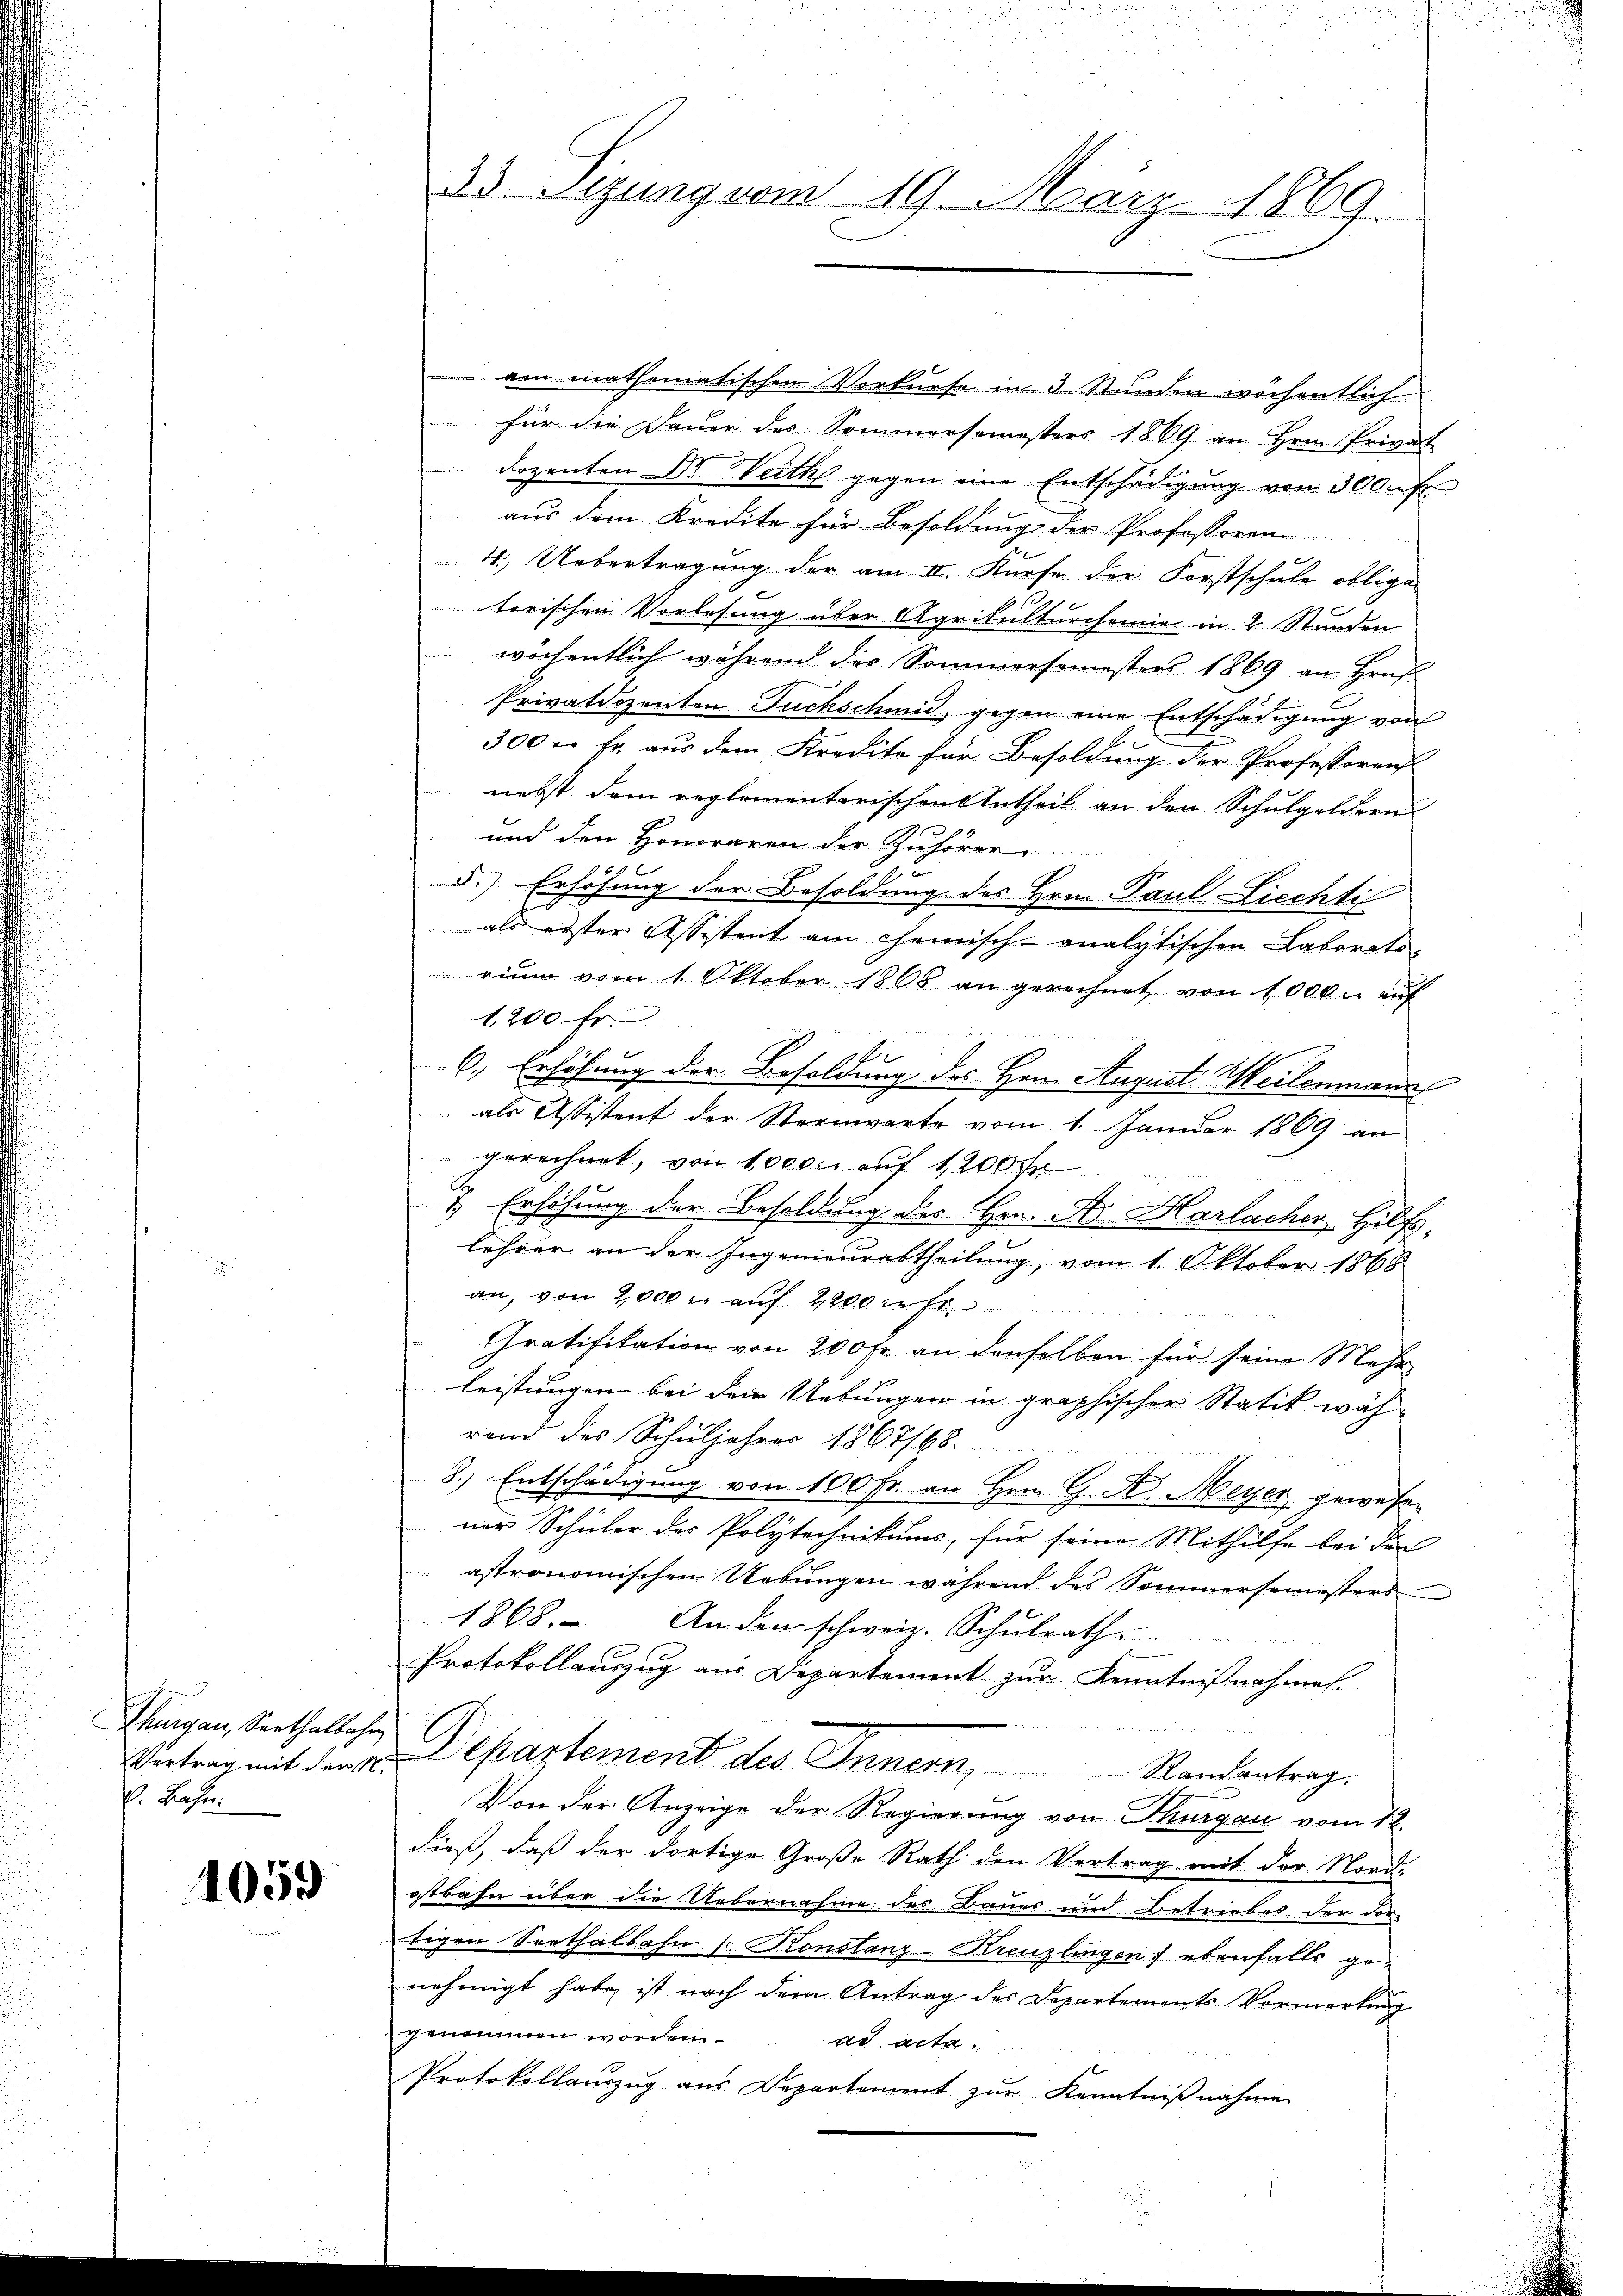
Thurgau, Serthalbahr
Vertrag mit der N.
P. Lesen.

1059

33. Sitzung vom 19. März 1869.

ein mathematischen Vorkurse in 3 Stunden wöchentlich
 für die Dauer des Sommersemesters 1869 an Hrn. Privat
dozenten Dr. Verthe gegen eine Entschädigung von 300 fr.
aus dem Kredite für Besoldung der Professoren
4.) Uebertragung der am I. Kurse der Forstschule obliga
torischen Vorlesung über Agrikulturchemie in 2 Stunden
 wöchentlich während des Sommersemesters 1869 an Hrn.
Privatdozenten Fuchschmid, gegen eine Entschädigung von
300 c. fr. aŭs dem Kredite für Besoldung der Professoren
nebst dem reglementarischen Urtheil an den Schulgeldern
und den Honoraren der Zuhörer
d.) Erhöhung der Besoldung des Hrn. Paul Liechti
als erster Assistent am Chemisch-analytischen Laborats-
rium vom 1. Oktober 1865 an gerechnet von 1000. auf
1,200 fr
6.) Erhöhung der Besoldung des Hrn. August Weilenmann
als Assistent der Sternwarte vom 1. Januar 1869 an
gerechnet, von 10000 auf 1200 Fr
& Erhöhung der Besoldung des Hrn. A. Harlacher Hilfs-
lehrer an der Ingenieurabtheilung, vom 1. Oktober 1868
an, von 2000 r. auf 2200 rese
Gratifikation von 200 Fr. an denselben für seine Mehr
leistungen bei den Uebungen in graphischer Statik während des Schuljahres 1867/68.
8.) Entschädigung von 100 Fr. an Hrn. G. A. Meyer gewesen
ner Schüler der Polytechnikums, für seine Mithilfe bei den
astronomischen Uebungen während des Sommersemesters
1868. An den schweiz. Schulrath
Protokollauszug aus Departement zur Kenntnißnahmes
Departement des Innern, Randantrag.
Von der Anzeige der Regierung von Thurgau vom 12.
dieß, daß der dortige Große Rath den Vertrag mit der Nord-
ostbahn über die Uebernahme des Baues und Betriebes der vor-
tigen Sorthalbahn 1. Konstanz-Kreuzlingen; ebenfalls genehmigt habe, ist nach dem Antrag des Departements Vormerkung
genommen worden.
ad acta.
Protokollauszug aus Departement zur Kenntnißnahme
.